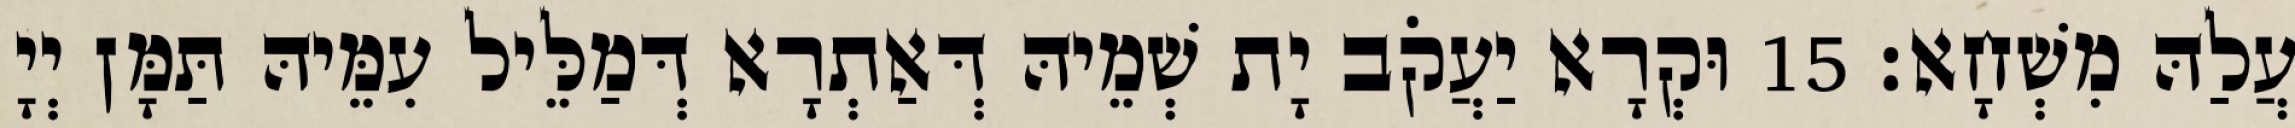
עֲלַהּ מִשְׁחָא׃ 15 וּקְרָא יַעֲקֹב יָת שְׁמֵיהּ דְּאַתְרָא דְּמַלֵּיל עִמֵּיהּ תַּמָּן יְיָ